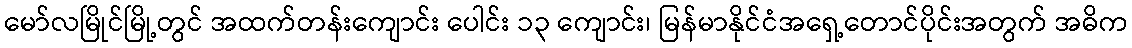
မော်လမြိုင်မြို့တွင် အထက်တန်းကျောင်း ပေါင်း ၁၃ ကျောင်း၊ မြန်မာနိုင်ငံအရှေ့တောင်ပိုင်းအတွက် အဓိက